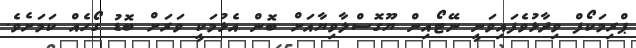
ޕްރިމަކޯފް ވިދާޅުވެފައިވަނީ ނޭޓޯއިން ޔޫގޮސްލާވިޔާއަށް ބޮން އެޅުމަކީ ވަރަށް ބޮޑު ގޯހެއް ކަމަށެވެ.